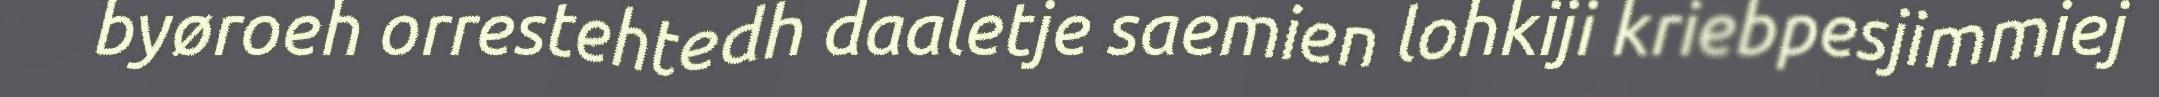
byøroeh orrestehtedh daaletje saemien lohkiji kriebpesjimmiej